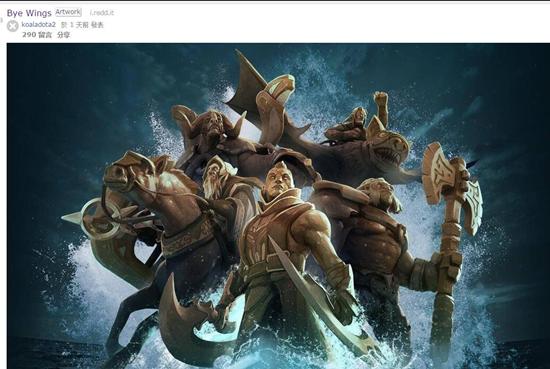
城头铁鼓声犹震，匣里金刀血未干。